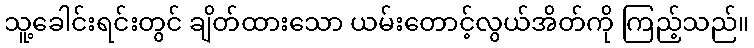
သူ့ခေါင်းရင်းတွင် ချိတ်ထားသော ယမ်းတောင့်လွယ်အိတ်ကို ကြည့်သည်။